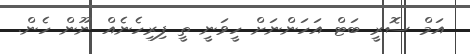
އަމް ސޮރީ ބަޓް އަހަންނަށް ހީވަނީ ތީ ފިރިހެނެއް ނޫން ހެން.